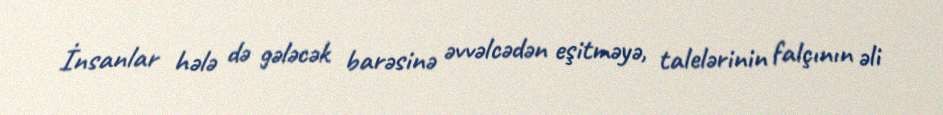
İnsanlar hələ də gələcək barəsinə əvvəlcədən eşitməyə, talelərinin falçının əli